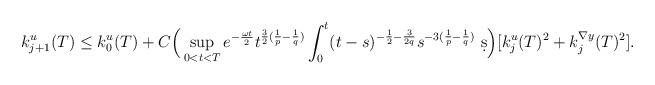
LaTeX: \begin{align*}k^{u}_{j+1}(T) \leq k^{u}_{0}(T)+ C \Big(\sup_{0< t< T} e^{-\frac{\omega t}{2}} t^{\frac{3}{2}(\frac{1}{p}-\frac{1}{q})}\int_{0}^{t} (t-s)^{-\frac{1}{2}-\frac{3}{2q}} s^{-3(\frac{1}{p}-\frac{1}{q})} \ \d s \Big) [k_{j}^{u}(T)^2+k_{j}^{\nabla y}(T)^2].\end{align*}